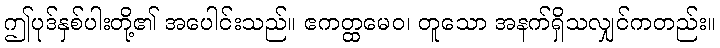
ဤပုဒ်နှစ်ပါးတို့၏ အပေါင်းသည်။ ဧကတ္ထမေဝ၊ တူသော အနက်ရှိသလျှင်ကတည်း။